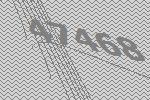
47468